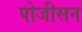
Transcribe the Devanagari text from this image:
पोजीसन